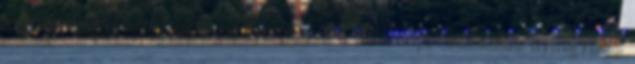
alatt áll. Megtekintéséhez engedélyeznie kell a JavaScript használatát. Nyíregyháza: